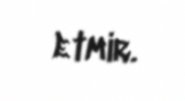
etmir.